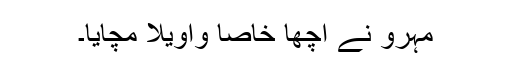
مہرو نے اچھا خاصا واویلا مچایا۔